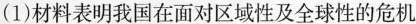
(1)材料表明我国在面对区域性及全球性的危机